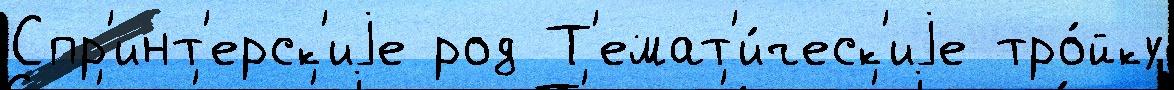
Спр'инт'ерск'иjе род Т'емат'и́ческ'иjе тро́йку